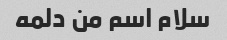
سلام اسم من دلمه